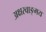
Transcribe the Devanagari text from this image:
अक्षरवाङ्‌मय